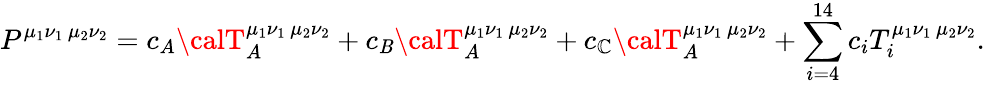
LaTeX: P^{\mu_{1}\nu_{1}\, \mu_{2}\nu_{2}}=c_{A}{\calT}_{A}^{\mu_{1}\nu_{1}\, \mu_{2}\nu_{2}}+c_{\mathit{B}}{\calT}_{A}^{\mu_{1}\nu_{1}\, \mu_{2}\nu_{2}}+c_{\mathbb{C}}{\calT}_{A}^{\mu_{1}\nu_{1}\, \mu_{2}\nu_{2}}+\sum_{i=4}^{14}c_{i}T_{i}^{\mu_{1}\nu_{1}\, \mu_{2}\nu_{2}}.